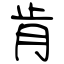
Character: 肯